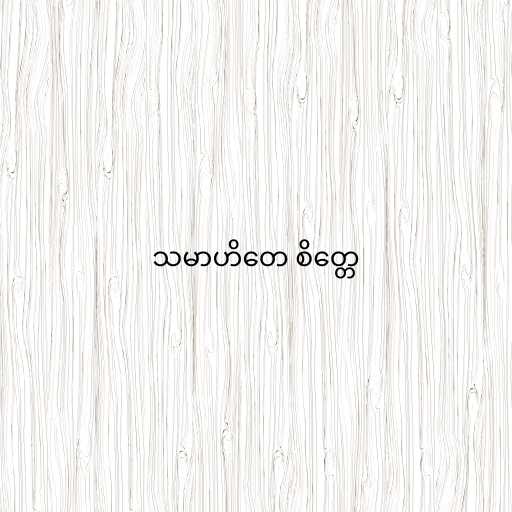
သမာဟိတေ စိတ္တေ